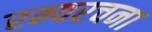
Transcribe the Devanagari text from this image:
रम्यरचना